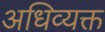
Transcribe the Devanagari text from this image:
अधिव्यक्त